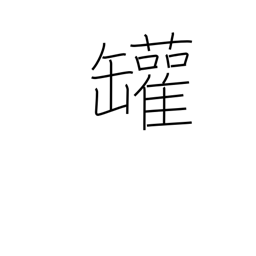
Meaning: steam boiler (left side only)